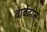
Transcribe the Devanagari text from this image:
बार्बेटोन